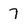
Character: 7